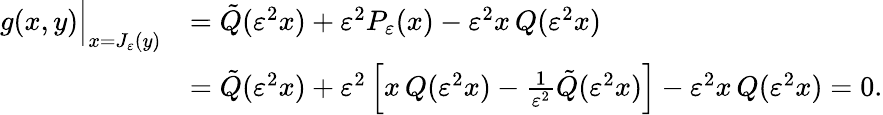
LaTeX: \begin{array}{rl}{g(x,y)\Big|_{x=J_{\varepsilon}(y)}}&{=\tilde{Q}(\varepsilon^{2}x)+\varepsilon^{2}P_{\varepsilon}(x)-\varepsilon^{2}x\, Q(\varepsilon^{2}x)}\\ &{=\tilde{Q}(\varepsilon^{2}x)+\varepsilon^{2}\left[x\, Q(\varepsilon^{2}x)-\frac{1}{\varepsilon^{2}}\tilde{Q}(\varepsilon^{2}x)\right]-\varepsilon^{2}x\, Q(\varepsilon^{2}x)=0.}\end{array}